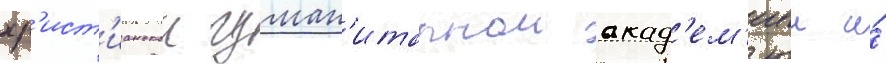
хр'ист'ианскои гуман'итарнои акад'ем'иеи и́